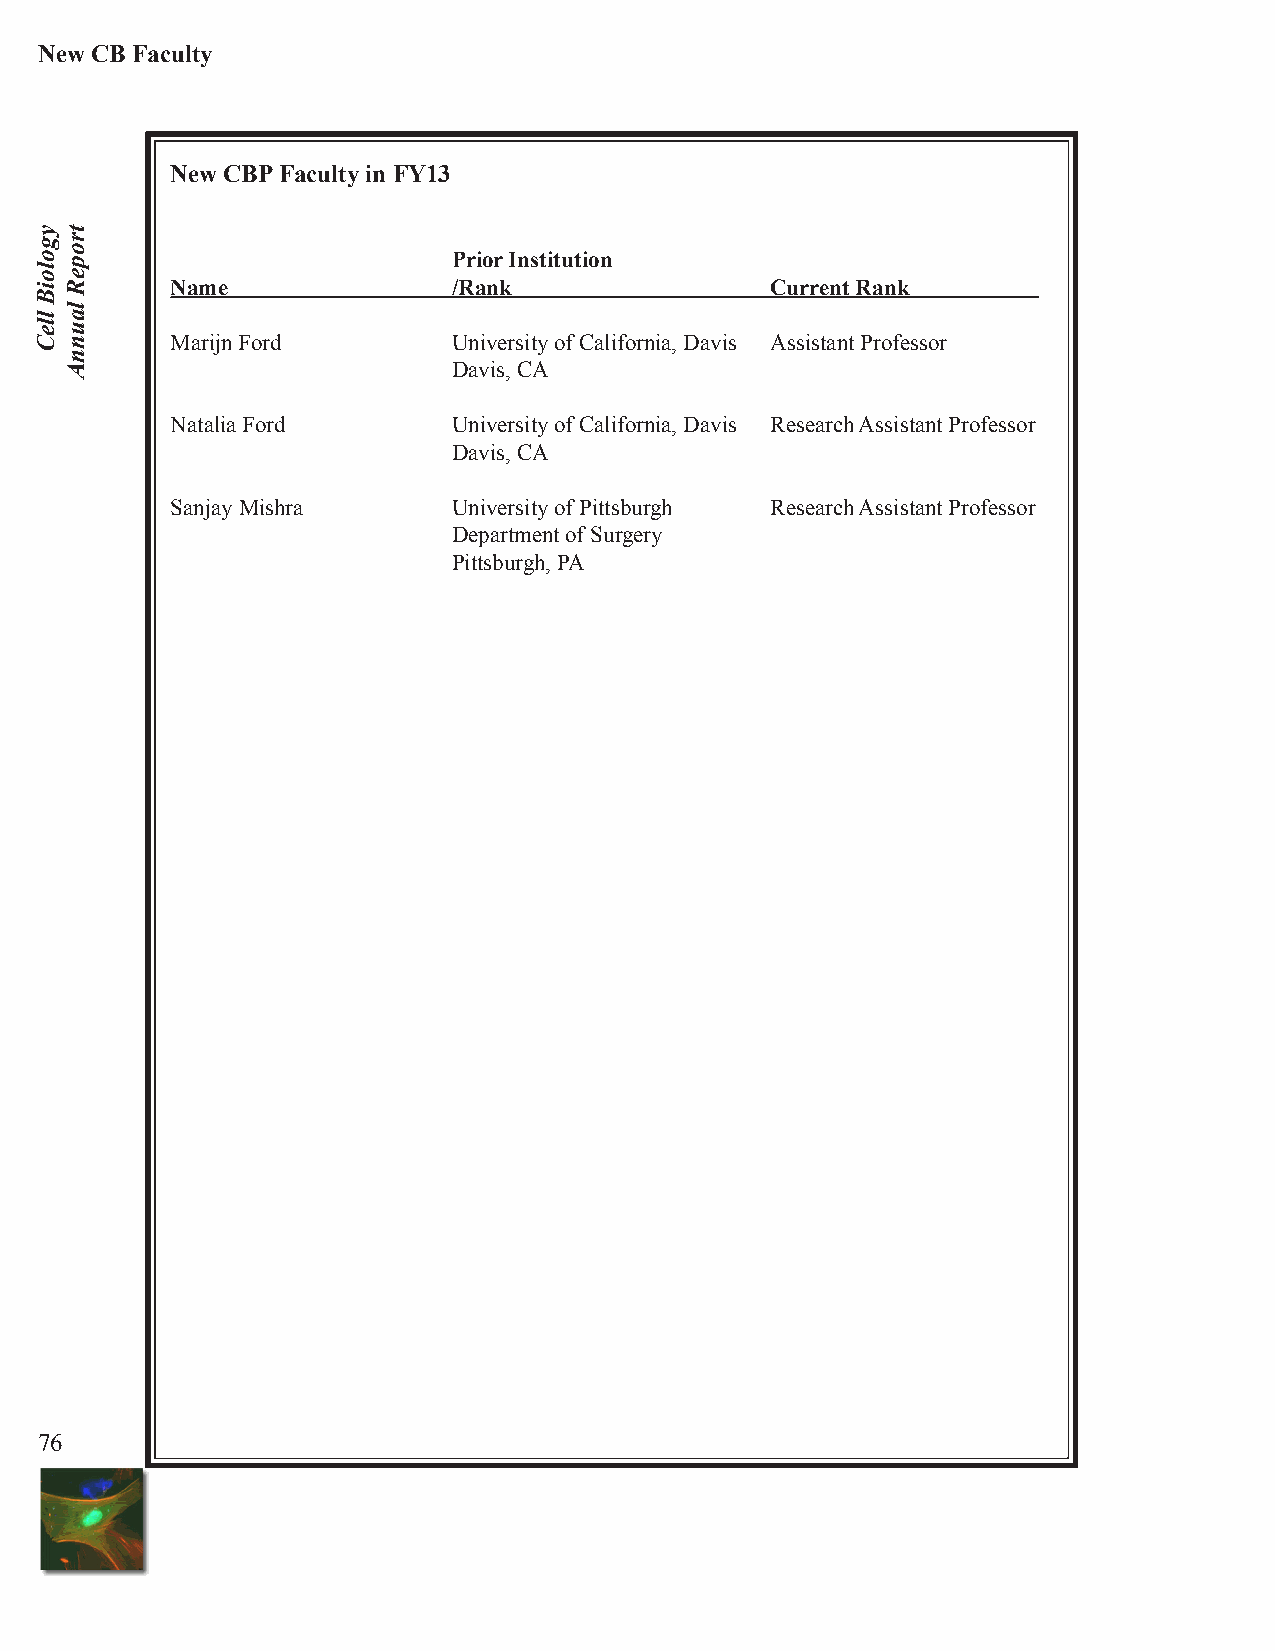
New CB Faculty
 New CBP Faculty in FY13
 Prior Institution
 Name               /Rank                Current Rank
 Marijn Ford        University of California, Davis Assistant Professor
 Davis, CA
 Natalia Ford       University of California, Davis Research Assistant Professor
 Davis, CA
 Sanjay Mishra      University of Pittsburgh Research Assistant Professor
 Department of Surgery
 Pittsburgh, PA
 76
 ygoloiB
 lleC
 tropeR
 launnA